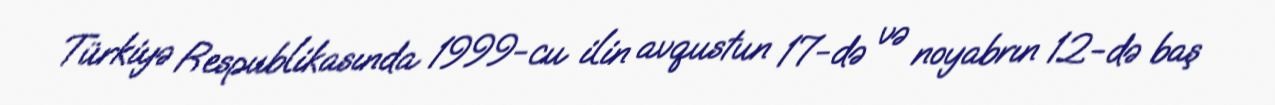
Türkiyə Respublikasında 1999-cu ilin avqustun 17-də və noyabrın 12-də baş